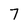
Character: 7